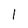
Character: 1